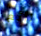
رائع